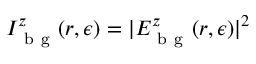
I _ { \mathrm { ~ b ~ g ~ } } ^ { z } ( \boldsymbol { r } , \epsilon ) = | E _ { \mathrm { ~ b ~ g ~ } } ^ { z } ( \boldsymbol { r } , \epsilon ) | ^ { 2 }